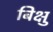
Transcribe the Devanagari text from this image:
बिक्षु